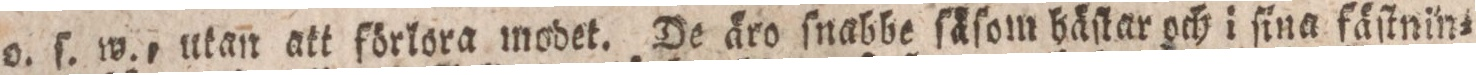
o. ſ. w., utan att förlora modet. De äro ſnabbe ſäſom häſtar och i ſina fäſtnin=